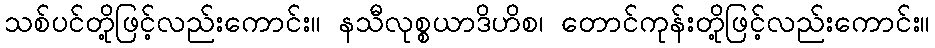
သစ်ပင်တို့ဖြင့်လည်းကောင်း။ နသီလုစ္စယာဒိဟိစ၊ တောင်ကုန်းတို့ဖြင့်လည်းကောင်း။